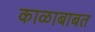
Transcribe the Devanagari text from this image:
काळाबाबत